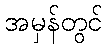
အမှန်တွင်